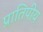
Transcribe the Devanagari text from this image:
प्रातिपीय